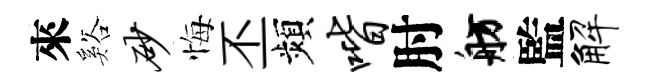
來谿砂悔丕頻喈肘舫監解